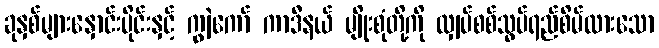
ခုနှစ်များနှောင်းပိုင်းနှင့် ကျွဲကော် ကာဒီနယ် မျိုးစုံတို့ကို လျှပ်စစ်သွပ်ရည်စိမ်ထားသော